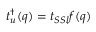
t _ { u } ^ { \dagger } ( q ) = t _ { S S l } f ( q )